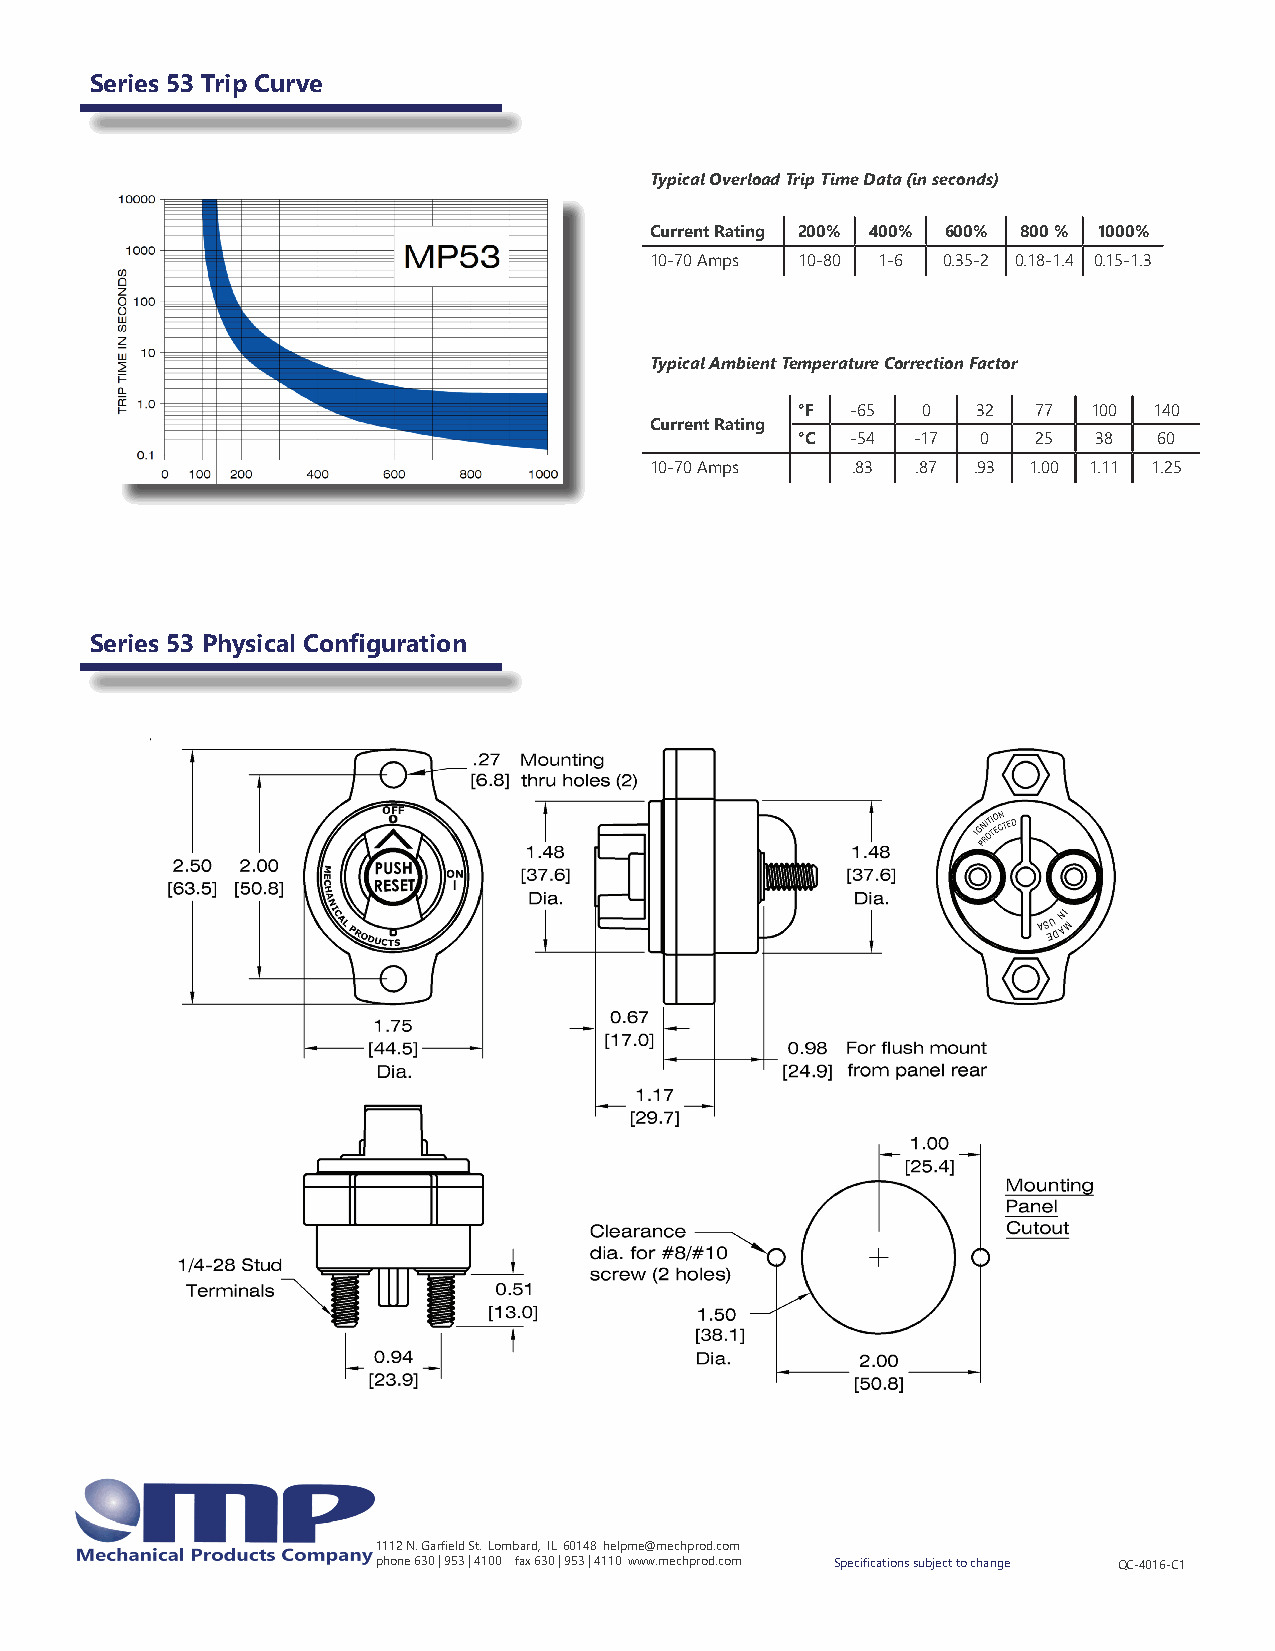
Series 53 Trip Curve
 Typical Overload Trip Time Data (in seconds)
 Current Rating 200% 400% 600% 800 % 1000%
 10-70 Amps 10-80 1-6 0.35-2 0.18-1.4 0.15-1.3
 Typical Ambient Temperature Correction Factor
 °F -65  0   32  77 100 140
 Current Rating
 °C -54 -17  0   25 38   60
 10-70 Amps   .83  .87 .93 1.00 1.11 1.25
 Series 53 Physical Configuration
 1112 N. Garfield St. Lombard, IL 60148 helpme@mechprod.com
 phone 630 | 953 | 4100 fax 630 | 953 | 4110 www.mechprod.com Specifications subject to change QC-4016-C1